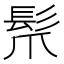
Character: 𩬐